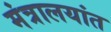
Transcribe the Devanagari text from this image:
मंत्रालयांत